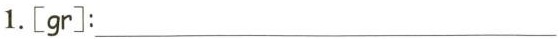
1.[gr]: __